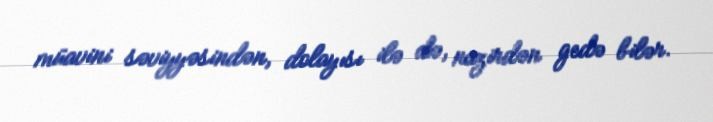
müavini səviyyəsindən, dolayısı ilə də, nazirdən gedə bilər.